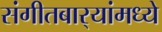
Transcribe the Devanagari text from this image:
संगीतबार्‍यांमध्ये